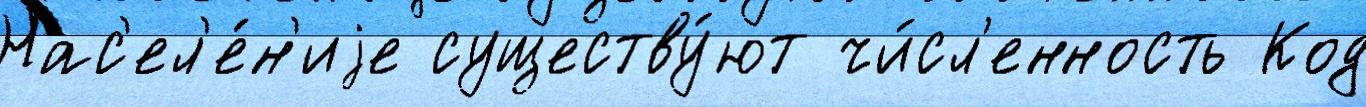
Нас'ел'е́н'иjе существу́ют чи́сл'енность Код